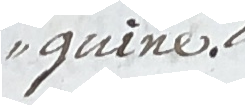
quine.